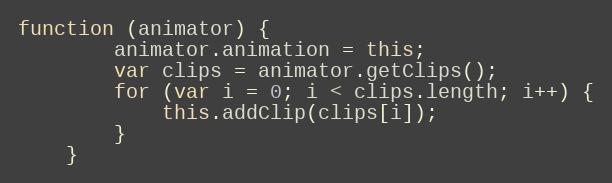
Language: JavaScript
function (animator) {
        animator.animation = this;
        var clips = animator.getClips();
        for (var i = 0; i < clips.length; i++) {
            this.addClip(clips[i]);
        }
    }